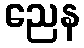
ညေန